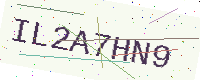
Text: IL2A7HN9